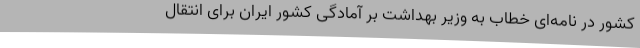
کشور در نامه‌ای خطاب به وزیر بهداشت بر آمادگی کشور ایران برای انتقال